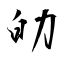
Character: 劰